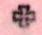
+